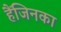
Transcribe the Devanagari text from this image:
हैंजिनका